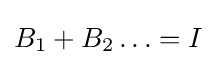
B_{1}+B_{2}\ldots =I